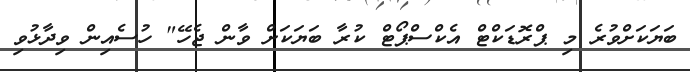
ބަޔަކަށްވުރެ މި ޕްރޮޑަކްޓް އެކްސްޕޯޓް ކުރާ ބަޔަކަށް ވާން ޖެހޭ" ހުސެއިން ވިދާޅުވި